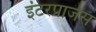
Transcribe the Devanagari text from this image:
इंटरप्राजेस